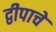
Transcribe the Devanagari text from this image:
द्वीपाचे